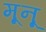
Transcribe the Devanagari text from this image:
मूनू